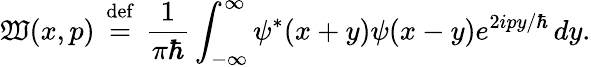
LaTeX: \mathfrak{W}(x,p)\, \ {\stackrel{\mathrm{{def}}}{=}}\ \, {\frac{{1}}{{\pi\hbar}}}\int_{-\infty}^{\infty}\psi^{*}(x+y)\psi(x-y)e^{2ipy/\hbar}\, dy.